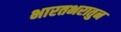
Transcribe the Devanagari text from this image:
भारतभरातुन